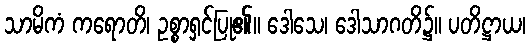
သာမိကံ ကရောတိ၊ ဥစ္စာရှင်ပြု၏။ ဒေါသေ၊ ဒေါသာဂတိ၌။ ပတိဋ္ဌာယ၊